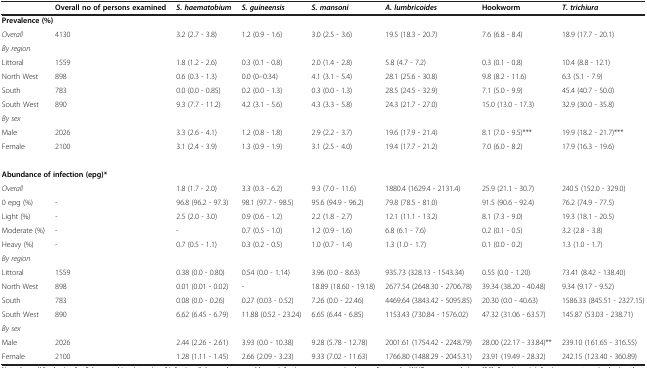
<table><thead><tr><td><b> </b></td><td><b>Overall no of persons examined</b></td><td><b><i>S. haematobium</i></b></td><td><b><i>S. guineensis</i></b></td><td><b><i>S. mansoni</i></b></td><td><b><i>A. lumbricoides</i></b></td><td><b>Hookworm</b></td><td><b><i>T. trichiura</i></b></td></tr></thead><tbody><tr><td colspan="8"><b>Prevalence (%)</b></td></tr><tr><td><i>Overall</i></td><td>4130</td><td>3.2 (2.7 - 3.8)</td><td>1.2 (0.9 - 1.6)</td><td>3.0 (2.5 - 3.6)</td><td>19.5 (18.3 - 20.7)</td><td>7.6 (6.8 - 8.4)</td><td>18.9 (17.7 - 20.1)</td></tr><tr><td colspan="8"><i>By region</i></td></tr><tr><td>Littoral</td><td>1559</td><td>1.8 (1.2 - 2.6)</td><td>0.3 (0.1 - 0.8)</td><td>2.0 (1.4 - 2.8)</td><td>5.8 (4.7 - 7.2)</td><td>0.3 (0.1 - 0.8)</td><td>10.4 (8.8 - 12.1)</td></tr><tr><td>North West</td><td>898</td><td>0.6 (0.3 - 1.3)</td><td>0.0 (0–0.34)</td><td>4.1 (3.1 - 5.4)</td><td>28.1 (25.6 - 30.8)</td><td>9.8 (8.2 - 11.6)</td><td>6.3 (5.1 - 7.9)</td></tr><tr><td>South</td><td>783</td><td>0.0 (0.0 - 0.85)</td><td>0.2 (0.0 - 1.3)</td><td>0.3 (0.0 - 1.3)</td><td>28.5 (24.5 - 32.9)</td><td>7.1 (5.0 - 9.9)</td><td>45.4 (40.7 - 50.0)</td></tr><tr><td>South West</td><td>890</td><td>9.3 (7.7 - 11.2)</td><td>4.2 (3.1 - 5.6)</td><td>4.3 (3.3 - 5.8)</td><td>24.3 (21.7 - 27.0)</td><td>15.0 (13.0 - 17.3)</td><td>32.9 (30.0 - 35.8)</td></tr><tr><td><i>By sex</i></td><td> </td><td> </td><td> </td><td> </td><td> </td><td> </td><td> </td></tr><tr><td>Male</td><td>2026</td><td>3.3 (2.6 - 4.1)</td><td>1.2 (0.8 - 1.8)</td><td>2.9 (2.2 - 3.7)</td><td>19.6 (17.9 - 21.4)</td><td>8.1 (7.0 - 9.5)***</td><td>19.9 (18.2 - 21.7)***</td></tr><tr><td>Female</td><td>2100</td><td>3.1 (2.4 - 3.9)</td><td>1.3 (0.9 - 1.9)</td><td>3.1 (2.5 - 4.0)</td><td>19.4 (17.7 - 21.2)</td><td>7.0 (6.0 - 8.2)</td><td>17.9 (16.3 - 19.6)</td></tr><tr><td> </td><td> </td><td> </td><td> </td><td> </td><td> </td><td> </td><td> </td></tr><tr><td colspan="8"><b>Abundance of infection (epg)*</b></td></tr><tr><td><i>Overall</i></td><td> </td><td>1.8 (1.7 - 2.0)</td><td>3.3 (0.3 - 6.2)</td><td>9.3 (7.0 - 11.6)</td><td>1880.4 (1629.4 - 2131.4)</td><td>25.9 (21.1 - 30.7)</td><td>240.5 (152.0 - 329.0)</td></tr><tr><td>0 epg (%)</td><td>-</td><td>96.8 (96.2 - 97.3)</td><td>98.1 (97.7 - 98.5)</td><td>95.6 (94.9 - 96.2)</td><td>79.8 (78.5 - 81.0)</td><td>91.5 (90.6 - 92.4)</td><td>76.2 (74.9 - 77.5)</td></tr><tr><td>Light (%)</td><td>-</td><td>2.5 (2.0 - 3.0)</td><td>0.9 (0.6 - 1.2)</td><td>2.2 (1.8 - 2.7)</td><td>12.1 (11.1 - 13.2)</td><td>8.1 (7.3 - 9.0)</td><td>19.3 (18.1 - 20.5)</td></tr><tr><td>Moderate (%)</td><td>-</td><td>-</td><td>0.7 (0.5 - 1.0)</td><td>1.2 (0.9 - 1.6)</td><td>6.8 (6.1 - 7.6)</td><td>0.2 (0.1 - 0.5)</td><td>3.2 (2.8 - 3.8)</td></tr><tr><td>Heavy (%)</td><td>-</td><td>0.7 (0.5 - 1.1)</td><td>0.3 (0.2 - 0.5)</td><td>1.0 (0.7 - 1.4)</td><td>1.3 (1.0 - 1.7)</td><td>0.1 (0.0 - 0.2)</td><td>1.3 (1.0 - 1.7)</td></tr><tr><td colspan="8"><i>By region</i></td></tr><tr><td>Littoral</td><td>1559</td><td>0.38 (0.0 - 0.80)</td><td>0.54 (0.0 - 1.14)</td><td>3.96 (0.0 - 8.63)</td><td>935.73 (328.13 - 1543.34)</td><td>0.55 (0.0 - 1.20)</td><td>73.41 (8.42 - 138.40)</td></tr><tr><td>North West</td><td>898</td><td>0.01 (0.01 - 0.02)</td><td>-</td><td>18.89 (18.60 - 19.18)</td><td>2677.54 (2648.30 - 2706.78)</td><td>39.34 (38.20 - 40.48)</td><td>9.34 (9.17 - 9.52)</td></tr><tr><td>South</td><td>783</td><td>0.08 (0.0 - 0.26)</td><td>0.27 (0.03 - 0.52)</td><td>7.26 (0.0 - 22.46)</td><td>4469.64 (3843.42 - 5095.85)</td><td>20.30 (0.0 - 40.63)</td><td>1586.33 (845.51 - 2327.15)</td></tr><tr><td>South West</td><td>890</td><td>6.62 (6.45 - 6.79)</td><td>11.88 (0.52 - 23.24)</td><td>6.65 (6.44 - 6.85)</td><td>1153.43 (730.84 - 1576.02)</td><td>47.32 (31.06 - 63.57)</td><td>145.87 (53.03 - 238.71)</td></tr><tr><td colspan="8"><i>By sex</i></td></tr><tr><td>Male</td><td>2026</td><td>2.44 (2.26 - 2.61)</td><td>3.93 (0.0 - 10.38)</td><td>9.28 (5.78 - 12.78)</td><td>2001.61 (1754.42 - 2248.79)</td><td>28.00 (22.17 - 33.84)**</td><td>239.10 (161.65 - 316.55)</td></tr><tr><td>Female</td><td>2100</td><td>1.28 (1.11 - 1.45)</td><td>2.66 (2.09 - 3.23)</td><td>9.33 (7.02 - 11.63)</td><td>1766.80 (1488.29 - 2045.31)</td><td>23.91 (19.49 - 28.32)</td><td>242.15 (123.40 - 360.89)</td></tr></tbody></table>